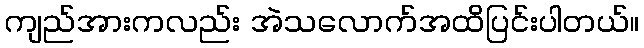
ကျည်အားကလည်း အဲသလောက်အထိပြင်းပါတယ်။